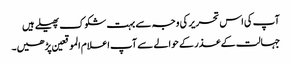
آپ کی اس تحریر کی وجہ سے بہت شکوک پھیلے ہیں
جہالت کے عذر کے حوالے سے آپ اعلام الموقعین پڑھیں۔